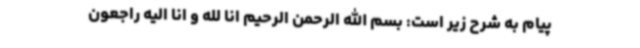
پیام به شرح زیر است: بسم الله الرحمن الرحیم انا لله و انا الیه راجعون